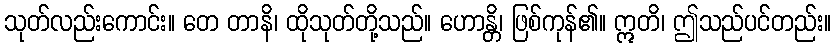
သုတ်လည်းကောင်း။ တေ တာနိ၊ ထိုသုတ်တို့သည်။ ဟောန္တိ၊ ဖြစ်ကုန်၏။ ဣတိ၊ ဤသည်ပင်တည်း။